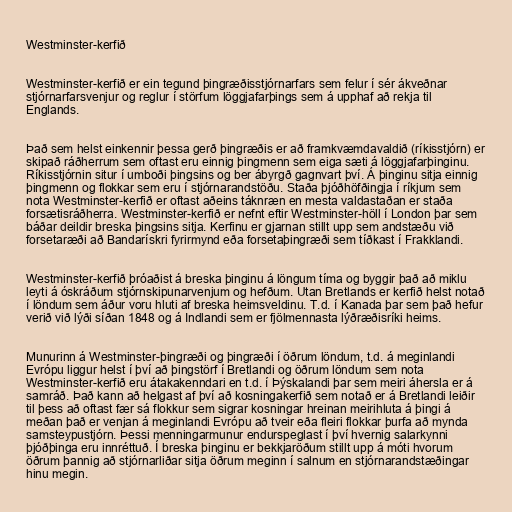
Westminster-kerfið

Westminster-kerfið er ein tegund þingræðisstjórnarfars sem felur í sér ákveðnar
stjórnarfarsvenjur og reglur í störfum löggjafarþings sem á upphaf að rekja til
Englands.

Það sem helst einkennir þessa gerð þingræðis er að framkvæmdavaldið (ríkisstjórn) er
skipað ráðherrum sem oftast eru einnig þingmenn sem eiga sæti á löggjafarþinginu.
Ríkisstjórnin situr í umboði þingsins og ber ábyrgð gagnvart því. Á þinginu sitja einnig
þingmenn og flokkar sem eru í stjórnarandstöðu. Staða þjóðhöfðingja í ríkjum sem
nota Westminster-kerfið er oftast aðeins táknræn en mesta valdastaðan er staða
forsætisráðherra. Westminster-kerfið er nefnt eftir Westminster-höll í London þar sem
báðar deildir breska þingsins sitja. Kerfinu er gjarnan stillt upp sem andstæðu við
forsetaræði að Bandarískri fyrirmynd eða forsetaþingræði sem tíðkast í Frakklandi.

Westminster-kerfið þróaðist á breska þinginu á löngum tíma og byggir það að miklu
leyti á óskráðum stjórnskipunarvenjum og hefðum. Utan Bretlands er kerfið helst notað
í löndum sem áður voru hluti af breska heimsveldinu. T.d. í Kanada þar sem það hefur
verið við lýði síðan 1848 og á Indlandi sem er fjölmennasta lýðræðisríki heims.

Munurinn á Westminster-þingræði og þingræði í öðrum löndum, t.d. á meginlandi
Evrópu liggur helst í því að þingstörf í Bretlandi og öðrum löndum sem nota
Westminster-kerfið eru átakakenndari en t.d. í Þýskalandi þar sem meiri áhersla er á
samráð. Það kann að helgast af því að kosningakerfið sem notað er á Bretlandi leiðir
til þess að oftast fær sá flokkur sem sigrar kosningar hreinan meirihluta á þingi á
meðan það er venjan á meginlandi Evrópu að tveir eða fleiri flokkar þurfa að mynda
samsteypustjórn. Þessi menningarmunur endurspeglast í því hvernig salarkynni
þjóðþinga eru innréttuð. Í breska þinginu er bekkjaröðum stillt upp á móti hvorum
öðrum þannig að stjórnarliðar sitja öðrum meginn í salnum en stjórnarandstæðingar
hinu megin.